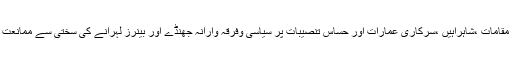
عوامی مقامات ،شاہراہیں ،سرکاری عمارات اور حساس تنصیبات پر سیاسی وفرقہ وارانہ جھنڈے اور بینرز لہرانے کی سختی سے ممانعت ہوگی ۔